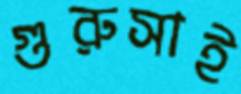
গুরুসাই